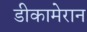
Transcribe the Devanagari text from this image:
डीकामेरान